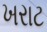
ખરાટ